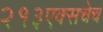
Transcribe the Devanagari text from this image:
२१३एक्सचेच